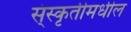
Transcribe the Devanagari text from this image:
स्ंस्कृतीमधील